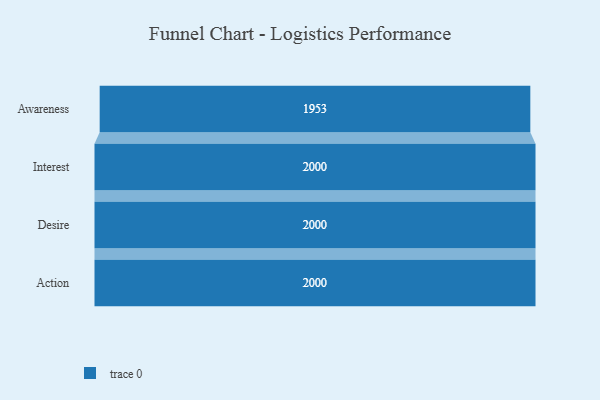
{"axis": {"x": "Stage", "y": "Value"}, "legend": [""], "data": [{"x": "Awareness", "y": 1953.0, "type": ""}, {"x": "Interest", "y": 2000, "type": ""}, {"x": "Desire", "y": 2000, "type": ""}, {"x": "Action", "y": 2000, "type": ""}]}